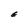
Character: E